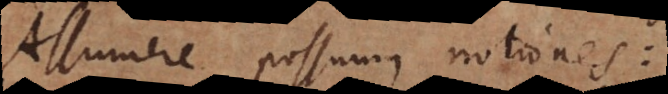
Assumere possumus notiones: